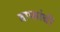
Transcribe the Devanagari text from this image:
वाफांची